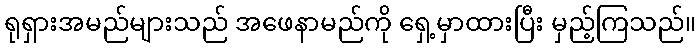
ရုရှားအမည်များသည် အဖေနာမည်ကို ရှေ့မှာထားပြီး မှည့်ကြသည်။